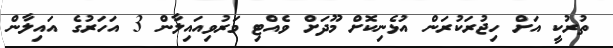
ތުރުކީ އަށް ހިޖުރަކުރަން އުޅެނިކޮށް މޫދަށް ވެއްޓި މަރުވިއައިލާން 3 އަހަރުގެ އައިލާން